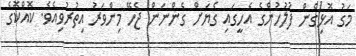
މަގު އޮޅިގެން ފުލުހުންގެ އެހީގައި ގެޔަށް ގެންނަން ޖެހޭ މިންވަރު އިތުރުވިއެވެ. ކޮއްކޮގެ